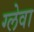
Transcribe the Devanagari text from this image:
ग्लेवा